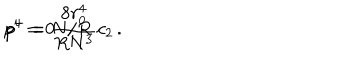
LaTeX: p ^ { + } = N / R \hspace { 1 . 0 c m } p ^ { i } = 0 \hspace { 1 . 0 c m } p ^ { - } = { \frac { 8 r _ { 0 } ^ { 4 } } { R N ^ { 3 } } } c _ { 2 } \, .